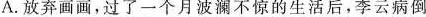
A.放弃画画，过了一个月波澜不惊的生活后，李云病倒